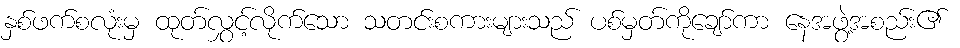
နှစ်ဖက်စလုံးမှ ထုတ်လွှင့်လိုက်သော သတင်းစကားများသည် ပစ်မှတ်ကိုချော်ကာ နေအဖွဲ့အစည်း၏